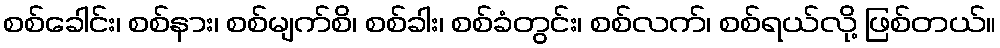
စစ်ခေါင်း၊ စစ်နား၊ စစ်မျက်စိ၊ စစ်ခါး၊ စစ်ခံတွင်း၊ စစ်လက်၊ စစ်ရယ်လို့ ဖြစ်တယ်။